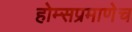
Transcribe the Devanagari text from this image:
होम्सप्रमाणेच